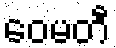
ဝေမတီ